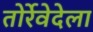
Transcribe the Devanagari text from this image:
तोर्रेवेदेला